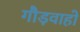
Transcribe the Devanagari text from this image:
गौड़वाहो